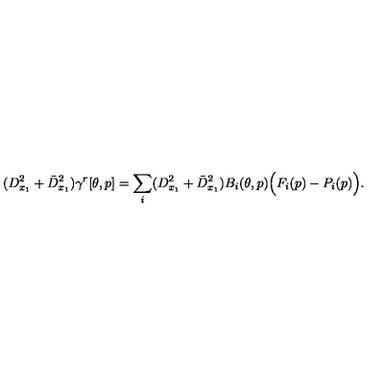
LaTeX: ( D _ { x _ { 1 } } ^ { 2 } + \bar { D } _ { x _ { 1 } } ^ { 2 } ) \gamma ^ { r } [ \theta , p ] = \sum _ { i } ( D _ { x _ { 1 } } ^ { 2 } + \bar { D } _ { x _ { 1 } } ^ { 2 } ) B _ { i } ( \theta , p ) \Big ( F _ { i } ( p ) - P _ { i } ( p ) \Big ) .